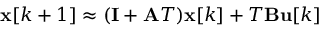
\mathbf { x } [ k + 1 ] \approx ( \mathbf { I } + \mathbf { A } T ) \mathbf { x } [ k ] + T \mathbf { B } \mathbf { u } [ k ]